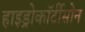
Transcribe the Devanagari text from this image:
हाइड्रोकॉर्टीसोन